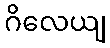
ဂိလေယျ